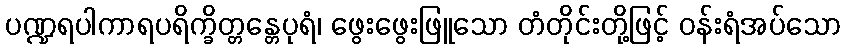
ပဏ္ဍရပါကာရပရိက္ခိတ္တန္တေပုရံ၊ ဖွေးဖွေးဖြူသော တံတိုင်းတို့ဖြင့် ဝန်းရံအပ်သော